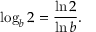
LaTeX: \log _ { b } 2 = { \frac { \ln 2 } { \ln b } } .